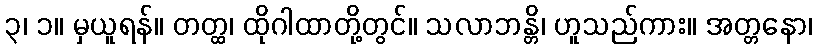
၃၊ ၁။ မှယူရန်။ တတ္ထ၊ ထိုဂါထာတို့တွင်။ သလာဘန္တိ၊ ဟူသည်ကား။ အတ္တနော၊